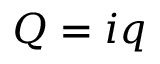
Q = i q